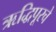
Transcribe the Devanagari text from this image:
ऋद्धिपूरचे